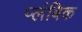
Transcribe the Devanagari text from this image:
प्लंबिक